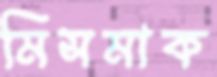
মিসমাক